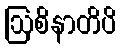
ဩစိနာတိပိ